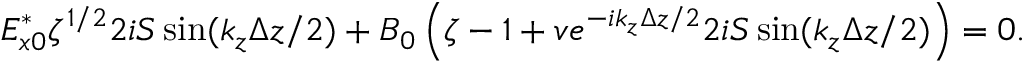
E _ { x 0 } ^ { * } \zeta ^ { 1 / 2 } 2 i S \sin ( k _ { z } \Delta z / 2 ) + B _ { 0 } \left( \zeta - 1 + v e ^ { - i k _ { z } \Delta z / 2 } 2 i S \sin ( k _ { z } \Delta z / 2 ) \right) = 0 .